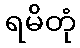
ရမိတုံ